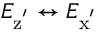
E _ { \mathrm { z ^ { ' } } } \leftrightarrow E _ { \mathrm { x ^ { ' } } }